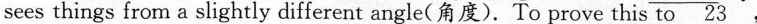
sees things from a slightly different angle(角度).To prove this to\underline{23} ,